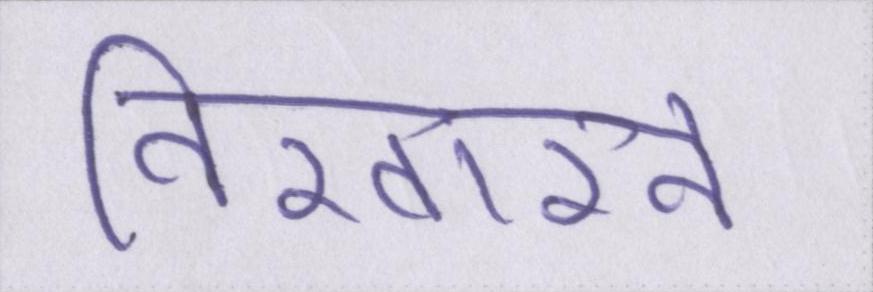
निखारने